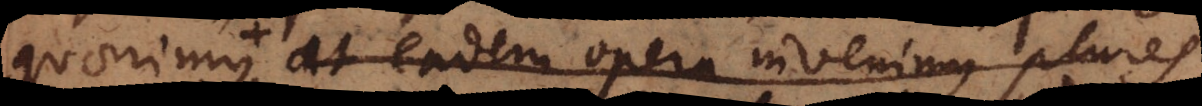
quaerimus + at eadem opera invenimus plures